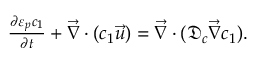
\begin{array} { r } { \frac { \partial \varepsilon _ { p } c _ { 1 } } { \partial t } + \vec { \nabla } \cdot ( c _ { 1 } \vec { u } ) = \Vec { \nabla } \cdot ( \mathfrak { D } _ { c } \vec { \nabla } c _ { 1 } ) . } \end{array}